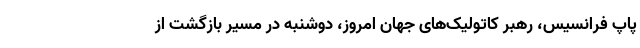
پاپ فرانسیس، رهبر کاتولیک‌های جهان امروز،‌ دوشنبه در مسیر بازگشت از